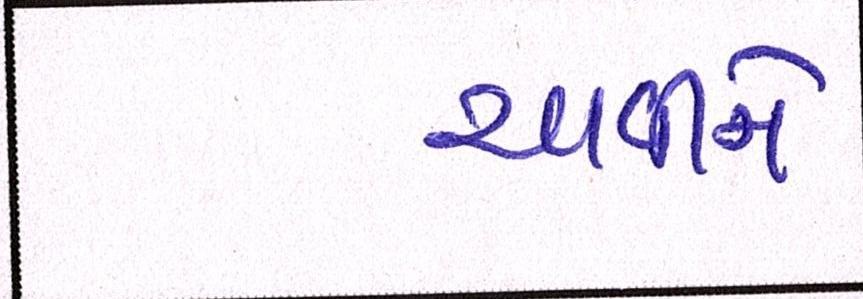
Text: ચાવીને